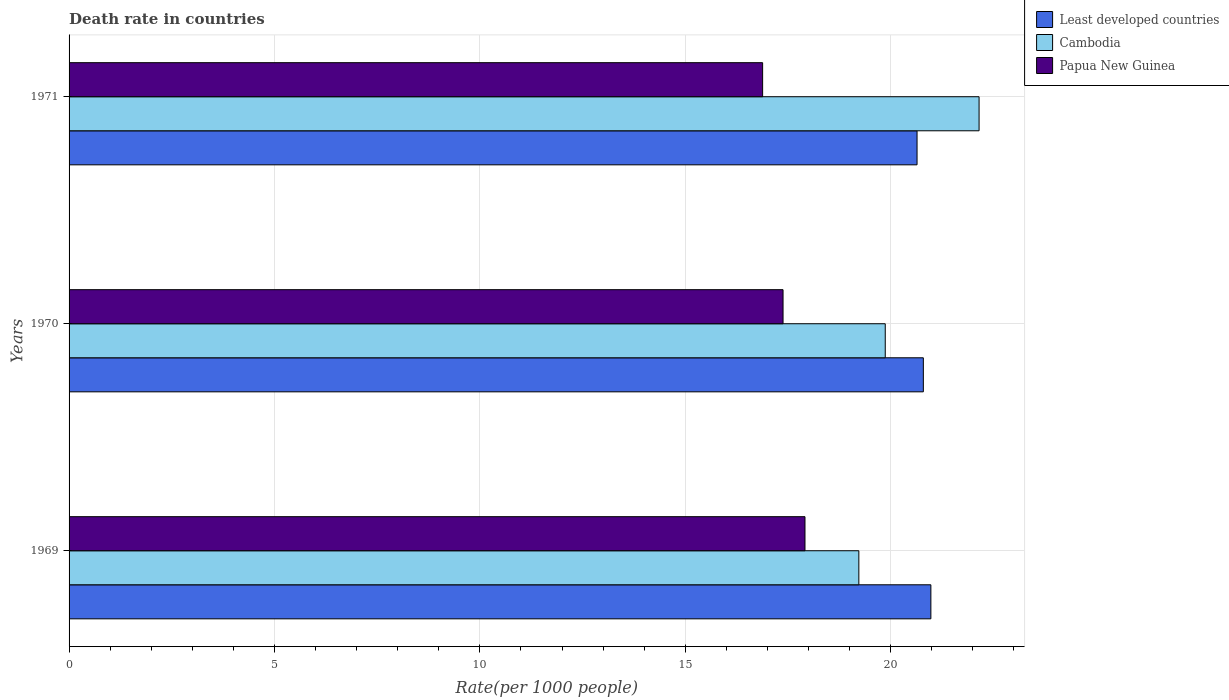
| Years | Least developed countries | Cambodia | Papua New Guinea |
 | --- | --- | --- | --- |
 | 1969 | 21 | 19.2 | 17.9 |
 | 1970 | 20.8 | 19.9 | 17.4 |
 | 1971 | 20.6 | 22.2 | 16.9 |